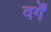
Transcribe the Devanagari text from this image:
वर्गें